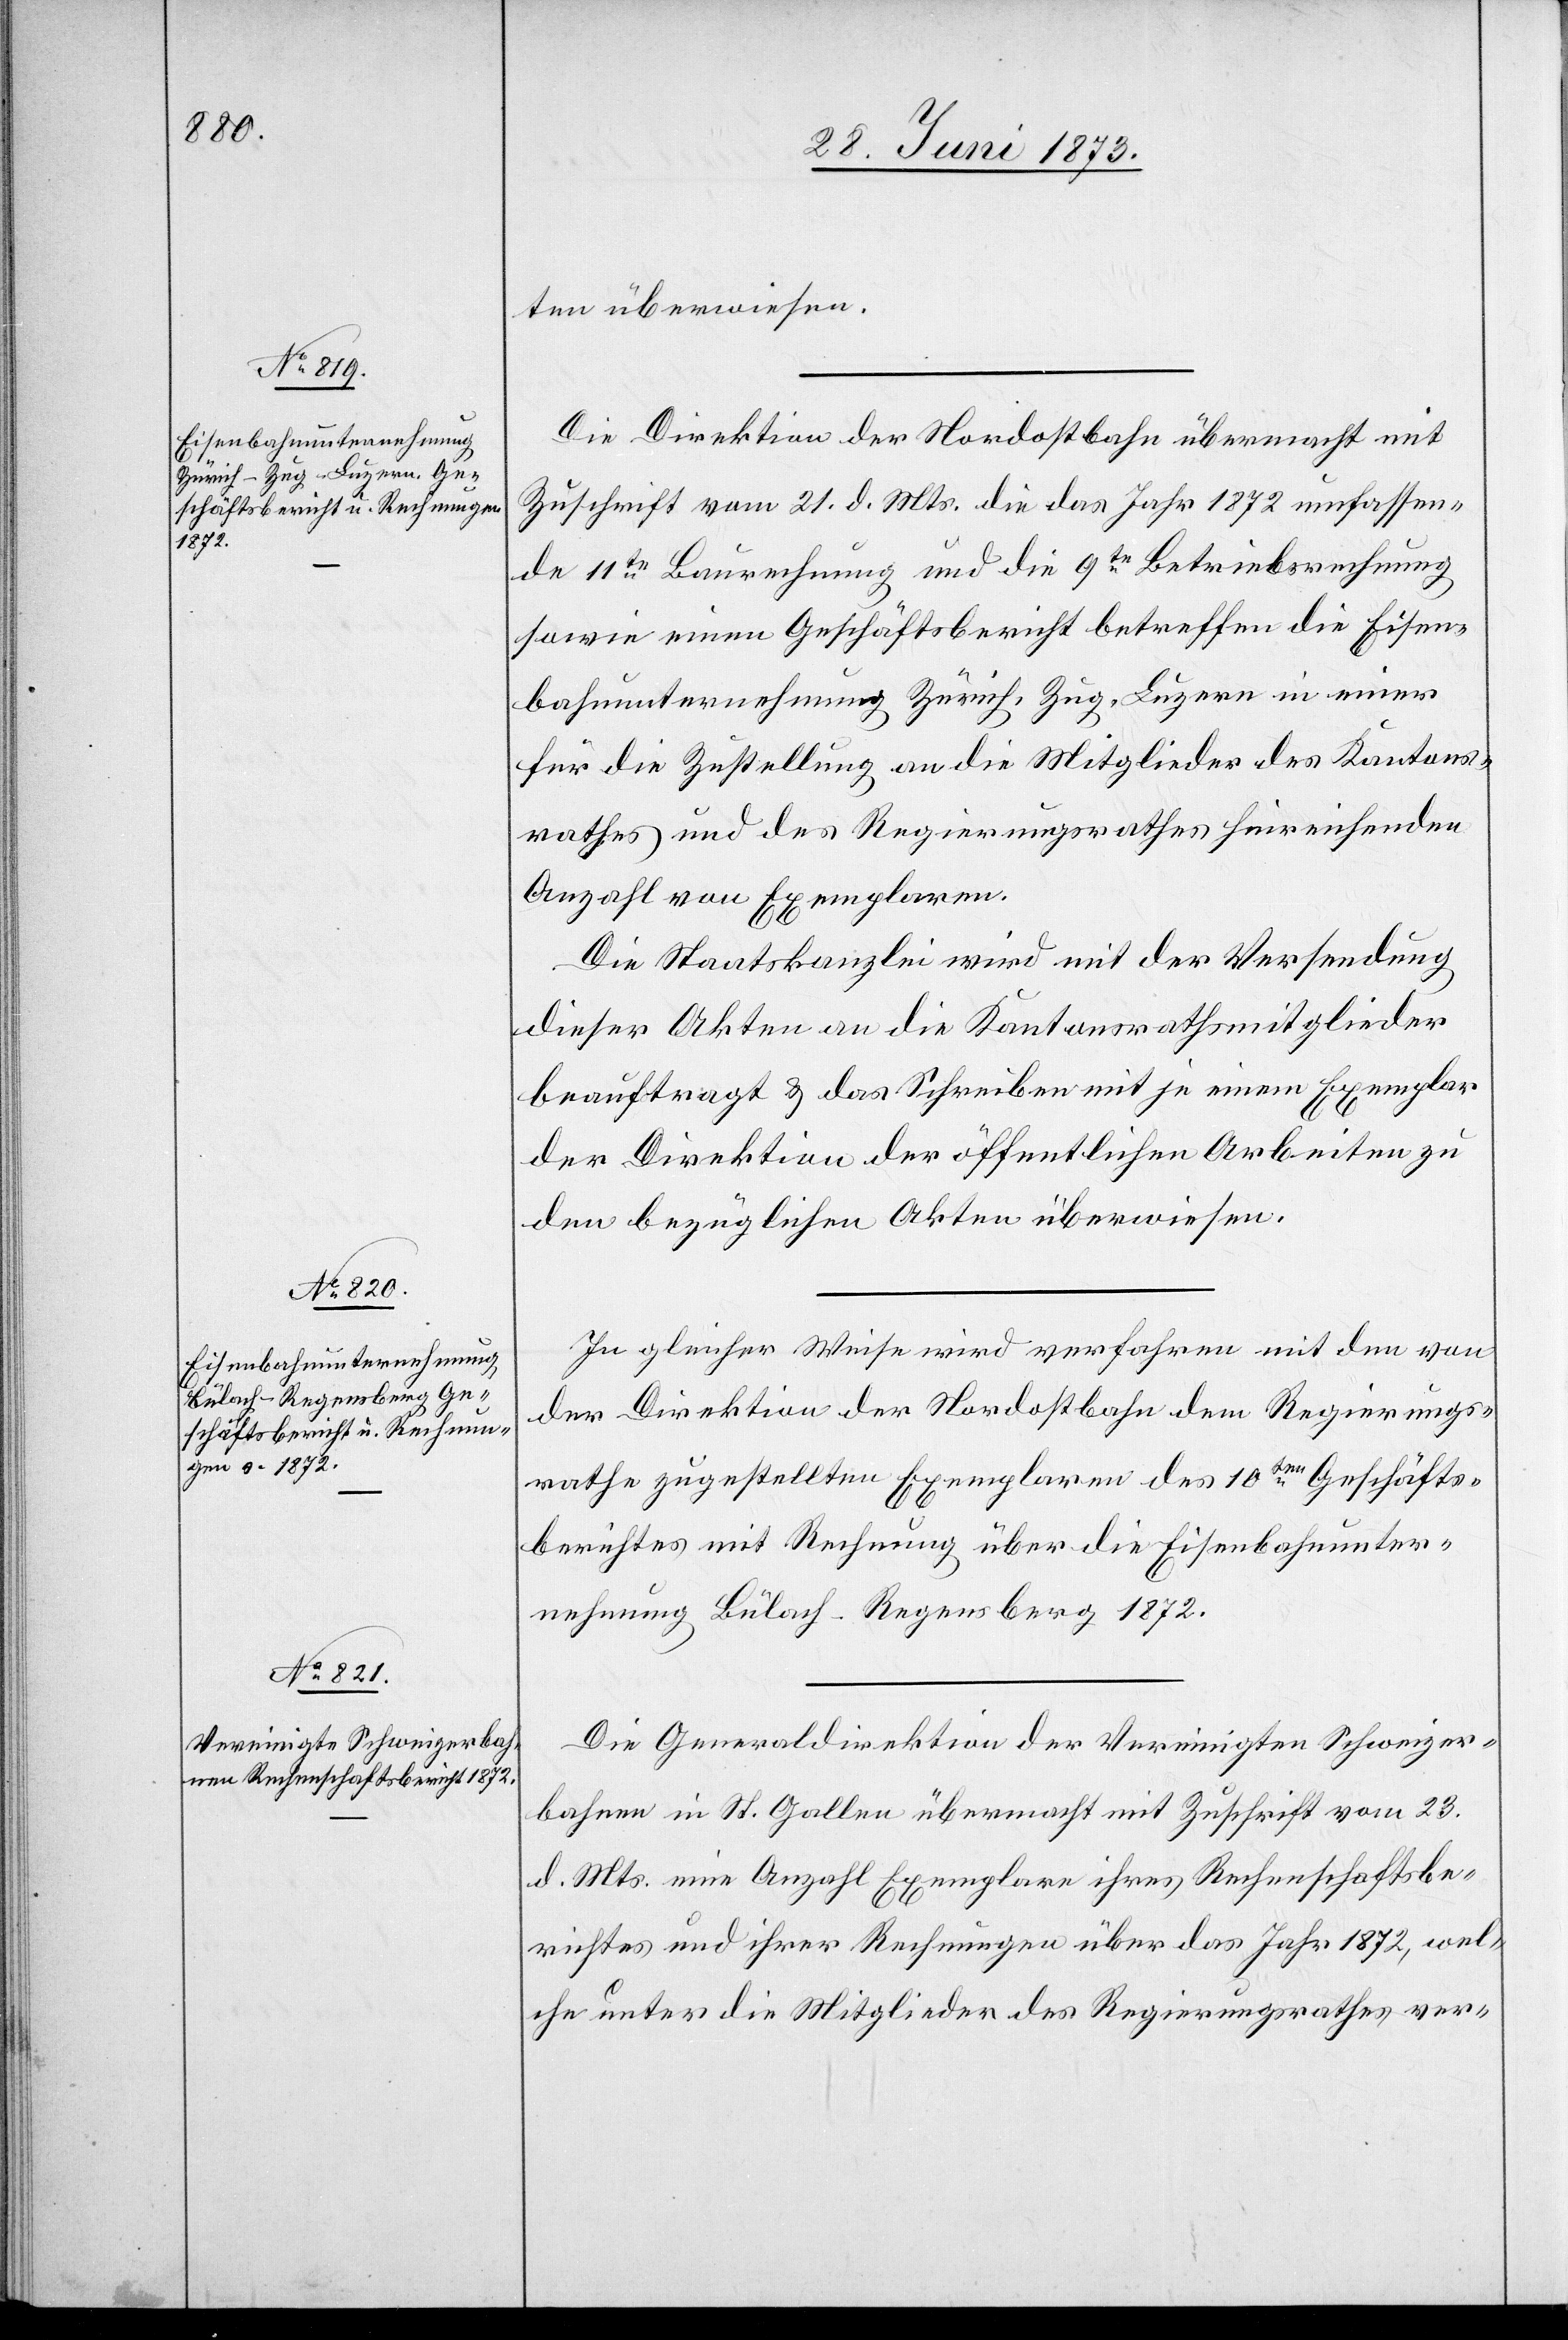
ten überwiesen.
Die Direktion der Nordostbahn übermacht mit
Zuschrift vom 21. d. Mts. die das Jahr 1872 umfassen¬
de 11te Baurechnung und die 9te Betriebsrechnung
sowie einen Geschäftsbericht betreffen[d] die Eisen¬
bahnunternehmung Zürich, Zug, Luzern in einer
für die Zustellung an die Mitglieder des Kantons¬
rathes und des Regierungsrathes hinreichenden
Anzahl von Exemplaren.
Die Staatskanzlei wird mit der Versendung
dieser Akten an die Kantonsrathsmitglieder
beauftragt & das Schreiben mit je einem Exemplar
der Direktion der öffentlichen Arbeiten zu
den bezüglichen Akten überwiesen.
In gleicher Weise wird verfahren mit den von
der Direktion der Nordostbahn dem Regierungs¬
rathe zugestellten Exemplaren des 10ten Geschäfts¬
berichtes mit Rechnung über die Eisenbahnunter¬
nehmung Bülach–Regensberg 1872.
Die Generaldirektion der Vereinigten Schweizer¬
bahnen in St. Gallen übermacht mit Zuschrift vom 23.
d. Mts. eine Anzahl Exemplare ihres Rechenschaftsbe¬
richtes und ihrer Rechnungen über das Jahr 1872, wel¬
che unter die Mitglieder des Regierungsrathes ver-